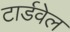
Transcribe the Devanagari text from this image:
टार्डवेल